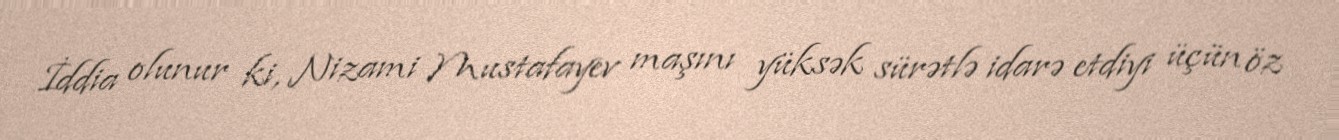
İddia olunur ki, Nizami Mustafayev maşını yüksək sürətlə idarə etdiyi üçün öz